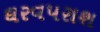
ઘરવપરાશ